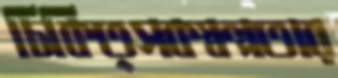
চিকিত্সকস্বল্পতার